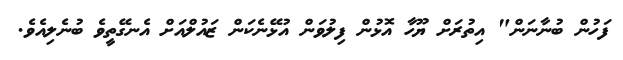
ފަހުން ބުނާނަން" އިތުރަށް ޔޫހާ އޮޅުން ފިލުވަން އުޅޭނެކަން ޒައުލްއަށް އެނގޭތީވެ ބުނެލިއެވެ.